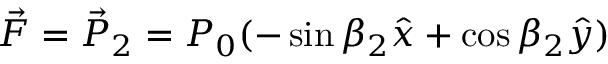
\vec { F } = \vec { P } _ { 2 } = P _ { 0 } ( - \sin \beta _ { 2 } \hat { x } + \cos \beta _ { 2 } \hat { y } )